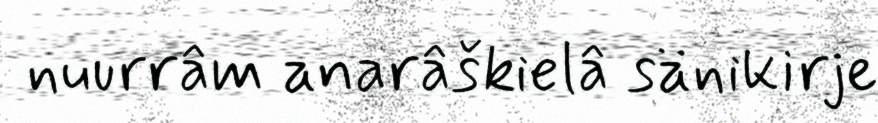
nuurrâm anarâškielâ sänikirje